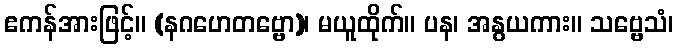
ဧကန်အားဖြင့်။ (နဂဟေတဗ္ဗော)၊ မယူထိုက်။ ပန၊ အနွယကား။ သဗ္ဗေသံ၊